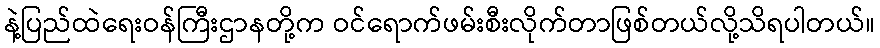
နဲ့ပြည်ထဲရေးဝန်ကြီးဌာနတို့က ဝင်ရောက်ဖမ်းစီးလိုက်တာဖြစ်တယ်လို့သိရပါတယ်။